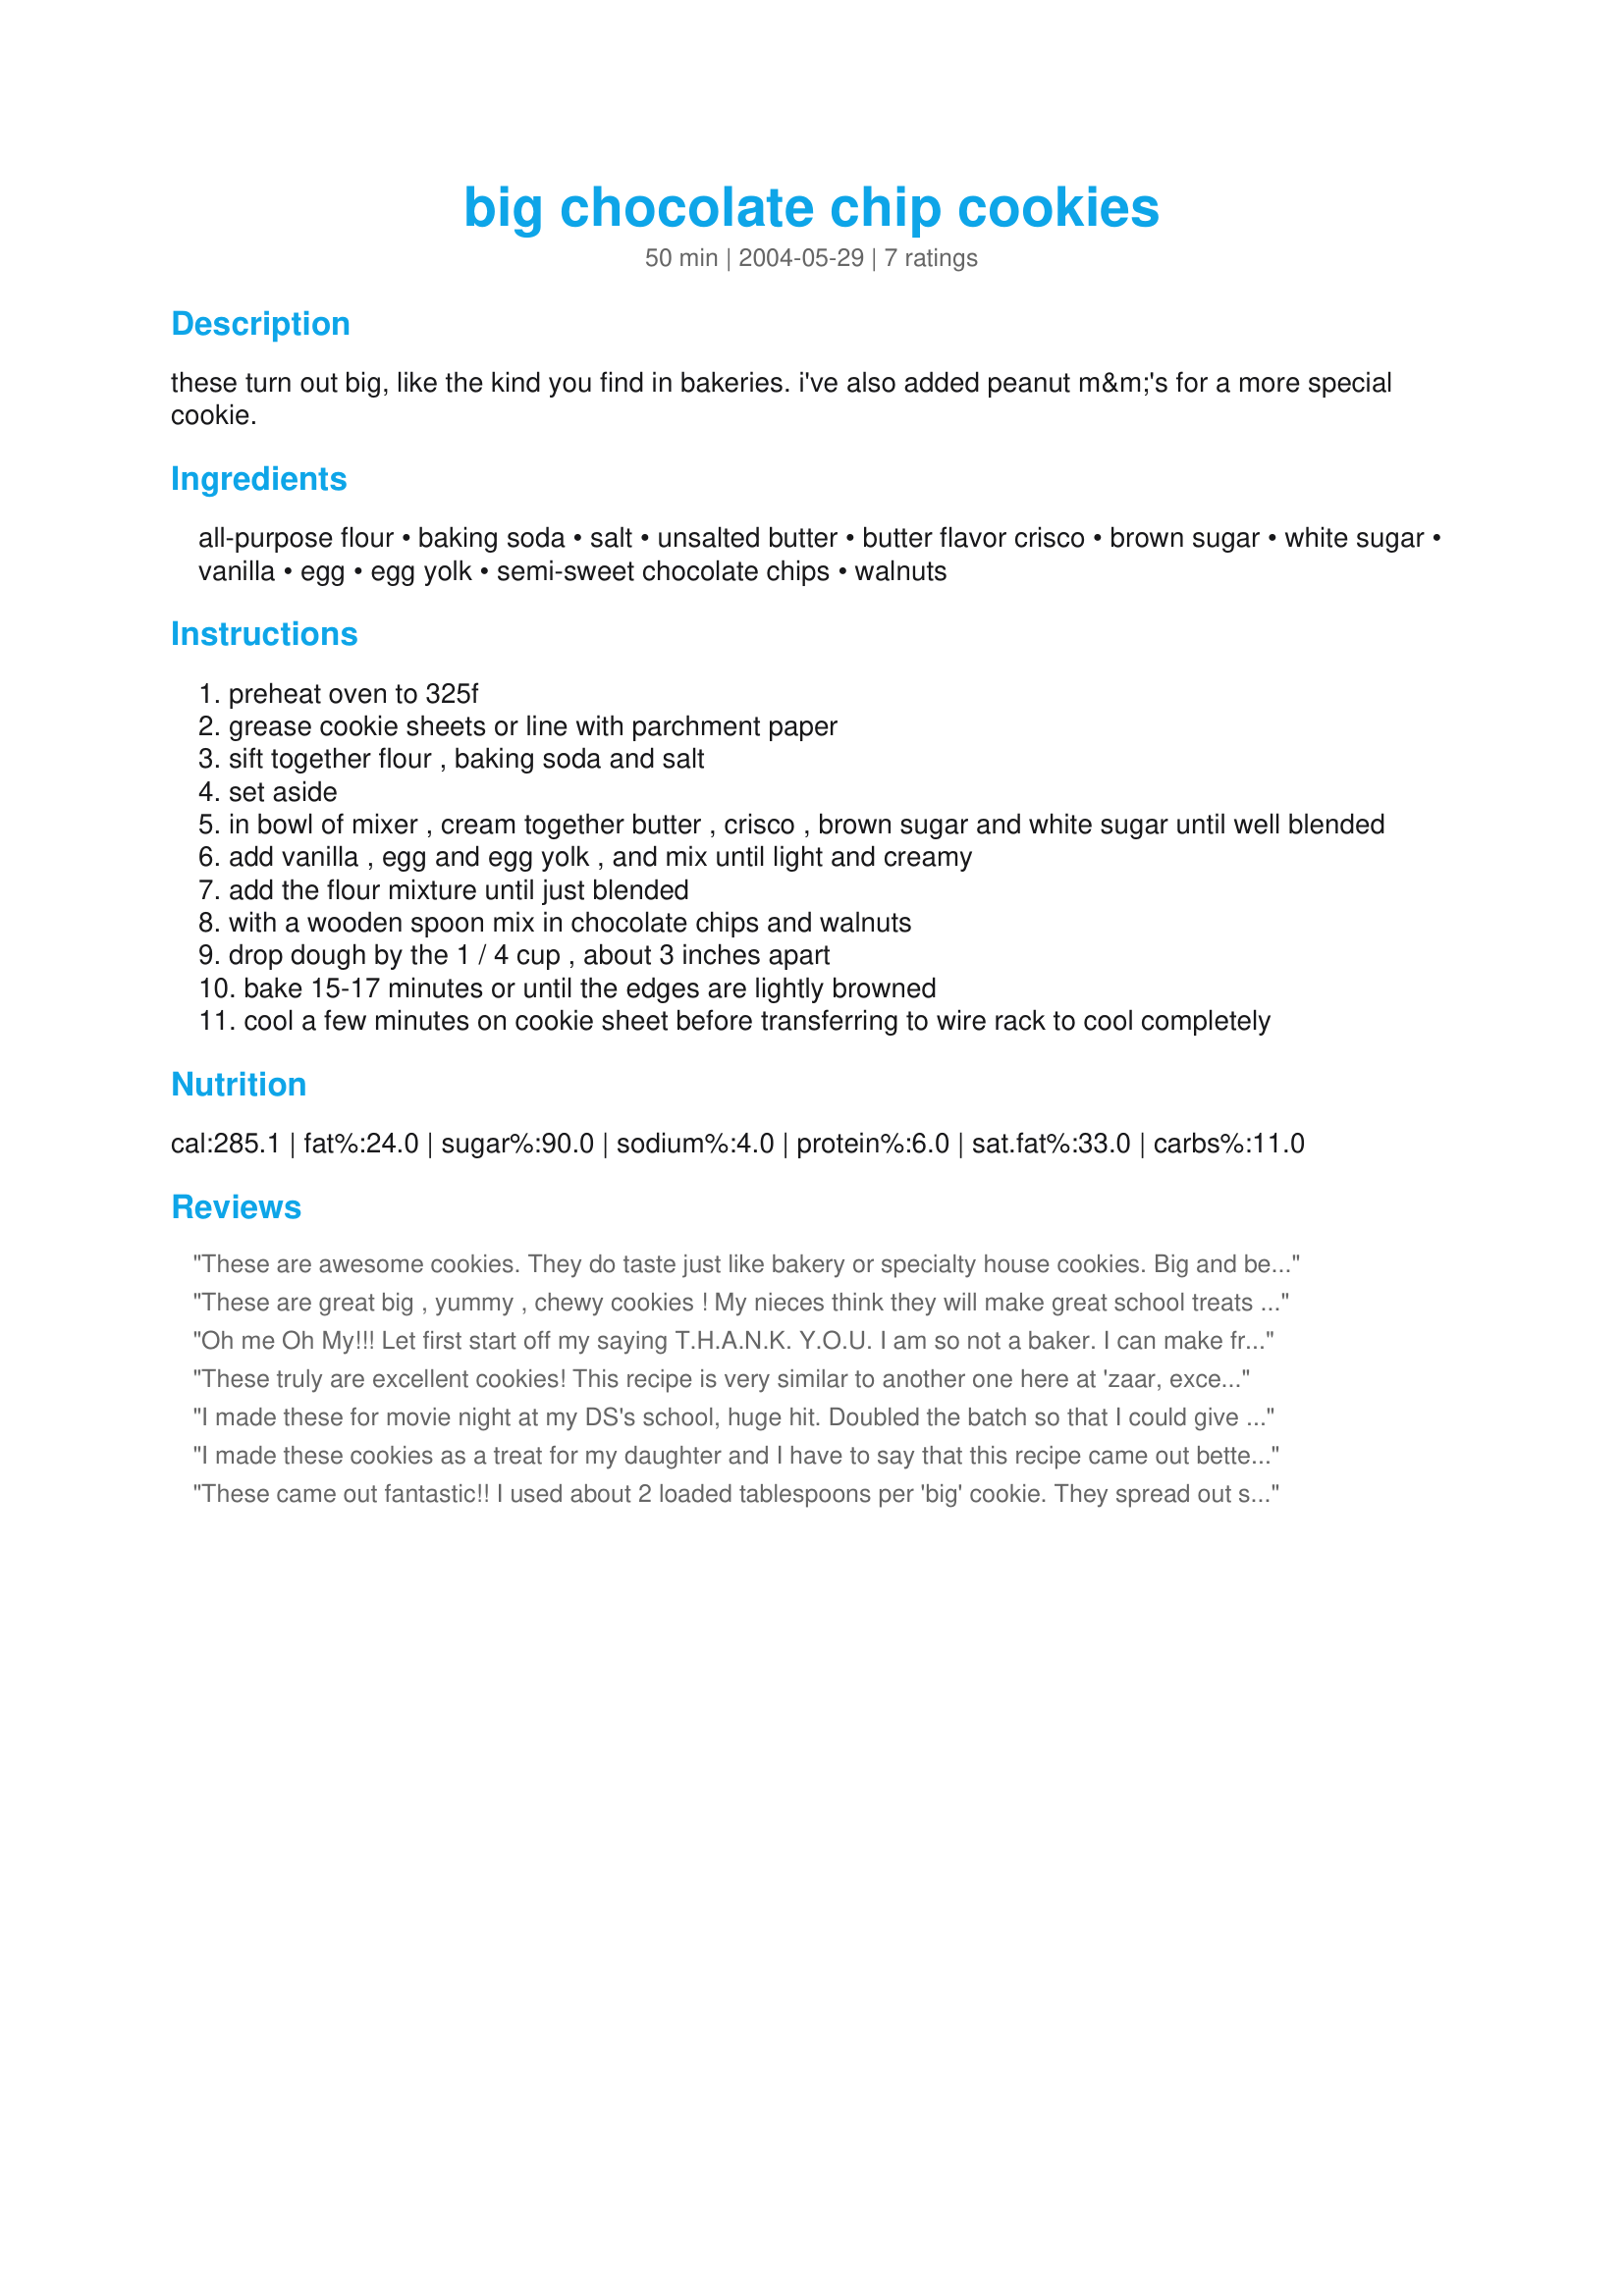
big chocolate chip cookies
Preparation time: 50 minutes

these turn out big, like the kind you find in bakeries. i've also added peanut m&m's for a more special cookie.

Ingredients:
all-purpose flour, baking soda, salt, unsalted butter, butter flavor crisco, brown sugar, white sugar, vanilla, egg, egg yolk, semi-sweet chocolate chips, walnuts

Steps:
preheat oven to 325f
grease cookie sheets or line with parchment paper
sift together flour , baking soda and salt
set aside
in bowl of mixer , cream together butter , crisco , brown sugar and white sugar until well blended
add vanilla , egg and egg yolk , and mix until light and creamy
add the flour mixture until just blended
with a wooden spoon mix in chocolate chips and walnuts
drop dough by the 1 / 4 cup , about 3 inches apart
bake 15-17 minutes or until the edges are lightly browned
cool a few minutes on cookie sheet before transferring to wire rack to cool completely

Reviews:
These are awesome cookies. They do taste just like bakery or specialty house cookies. Big and beautiful. I would give these more than 5 stars if I could. Thanks for posting.
These are great big , yummy , chewy cookies ! My nieces think they will make great school treats too ! Thank you for posting this recipe !
Oh me Oh My!!! Let first start off my saying T.H.A.N.K. Y.O.U. I am so not a baker. I can make frozen cookies to safe my life. But I trying to tach myself how to cook better and baker. SO making homemade cookies. Is a big step up for me. Your instructions are sooooooo easy, I love the ingredients. I didnt use nuts cause I was making em for my hunee and he just likes original choco cookies. But they look amazing i used vegetable shorten cause that's what i had on hand. but follow everything else to the T. YUMMMY. THANKS again
These truly are excellent cookies! This recipe is very similar to another one here at 'zaar, except this one uses Crisco. The Crsico makes the cookie just a bit crisper rather than chewy. Sometimes my family wants crispy and sometimes they want chewy, so now I can keep them all happy! I added 1/2 tsp. almond extract for extra flavor. Perfect! Thanks for sharing!
I made these for movie night at my DS's school, huge hit. Doubled the batch so that I could give them 2 dozen, and have some leftover for my family.
Thank You!
I made these cookies as a treat for my daughter and I have to say that this recipe came out better than any chocolate cookie recipe I have ever tried. The cookies were just the right consistency of chewy and crispy. They were just like bakery cookies! The only thing I might change next time is the amount of vanilla. The taste of vanilla seemed a little too much for me. I like the idea of adding a little almond extract and I'll try that next time. Thanks for a great recipe!!!
These came out fantastic!! I used about 2 loaded tablespoons per 'big' cookie. They spread out so nice - about 3" across. If someone wants an even bigger cookie, just add a tablespoon more per cookie. I will definitely be using this recipe again. One thing to note - in the middle of making these, I discovered I only have about 1/2 cup of brown sugar left so with that and the 1/2 cup of white sugar - these were plenty sweet for me. Pam
